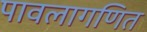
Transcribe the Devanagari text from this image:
पावलागणित